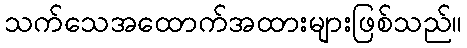
သက်သေအထောက်အထားများဖြစ်သည်။